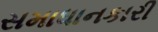
સમાધાનકારી